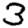
Digit: 3